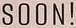
SOON